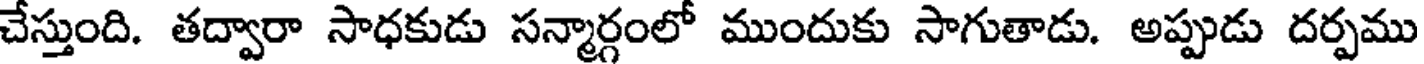
చేస్తుంది. తద్వారా సాధకుడు సన్మార్గంలో ముందుకు సాగుతాడు. అప్పుడు దర్పము